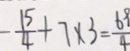
- \frac { 1 5 } { 4 } + 7 \times 3 = \frac { 6 9 } { 4 }